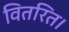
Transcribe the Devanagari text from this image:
वितरित।